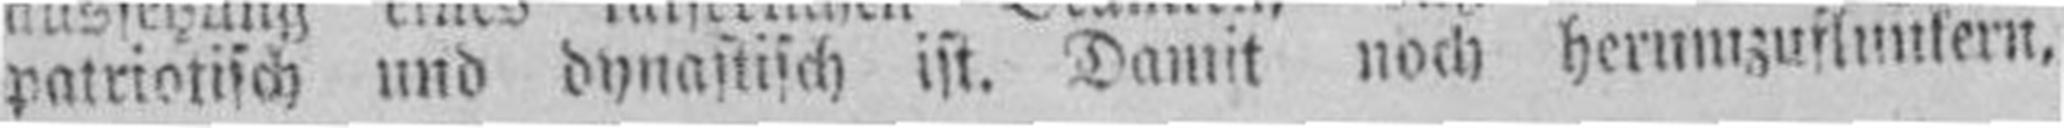
patriotisch und dynastisch ist. Damit noch herumzuftunkern,